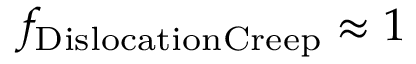
f _ { \mathrm { D i s l o c a t i o n C r e e p } } \approx 1